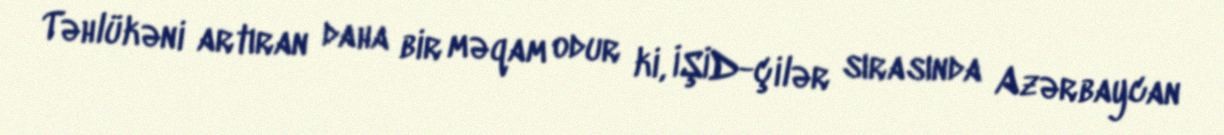
Təhlükəni artıran daha bir məqam odur ki, İŞİD-çilər sırasında Azərbaycan